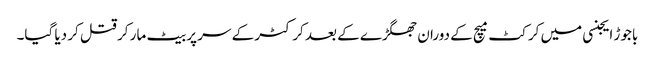
باجوڑ ایجنسی میں کرکٹ میچ کے دوران جھگڑے کے بعد کرکٹر کے سر پر بیٹ مار کر قتل کر دیا گیا۔